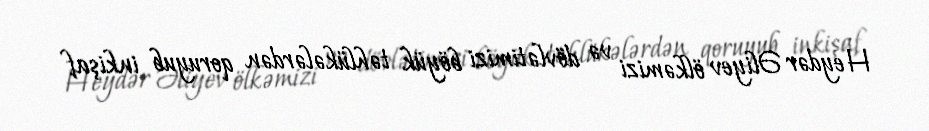
Heydər Əliyev ölkəmizi və dövlətimizi böyük təhlükələrdən qoruyub inkişaf